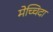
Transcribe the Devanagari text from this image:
मेच्चिदा